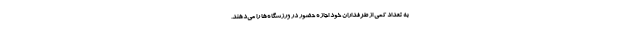
به تعداد کمی از طرفداران خود اجازه حضور در ورزشگاه‌ها را می‌دهند.